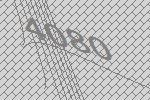
4080